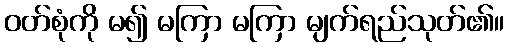
ဝတ်စုံကို မ၍ မကြာ မကြာ မျက်ရည်သုတ်၏။